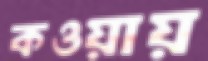
কওয়ায়